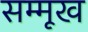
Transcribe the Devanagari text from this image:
सम्मूख